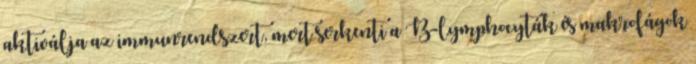
aktiválja az immunrendszert, mert serkenti a B-lymphocyták és makrofágok